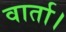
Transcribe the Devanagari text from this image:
वार्ता।